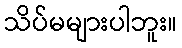
သိပ်မများပါဘူး။